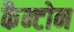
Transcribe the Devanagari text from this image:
कैन्टोन